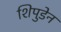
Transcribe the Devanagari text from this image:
शिपुडेन